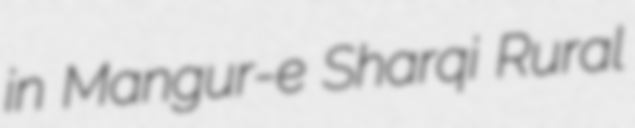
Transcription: in Mangur-e Sharqi Rural